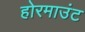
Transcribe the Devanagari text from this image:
होरमाउंट